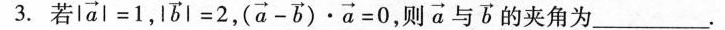
3.若 $$ | \overrightarrow{ a } | = 1,| \overrightarrow{ b }|=2,(\overrightarrow{ a }- \overrightarrow{ b })\times\overrightarrow{ a } = 0 则 \overrightarrow{ a }与\overrightarrow{ b } $$ 的夹角为___。